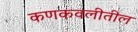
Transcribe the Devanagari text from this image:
कणकवलीतील